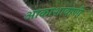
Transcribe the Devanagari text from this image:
आकाशावाणी